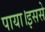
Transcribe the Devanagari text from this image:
पाया।इससे